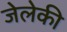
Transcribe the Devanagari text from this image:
जेलेकी